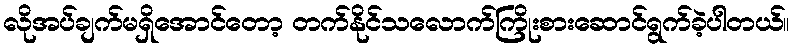
လိုအပ်ချက်မရှိအောင်တော့ တက်နိုင်သလောက်ကြိုးစားဆောင်ရွက်ခဲ့ပါတယ်။